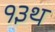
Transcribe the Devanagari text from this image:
१३थ